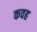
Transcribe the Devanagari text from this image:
कवह